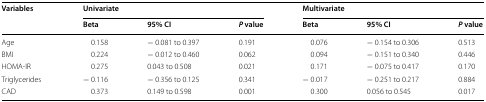
<table><thead><tr><td rowspan="2"><b>Variables</b></td><td colspan="3"><b>Univariate</b></td><td colspan="3"><b>Multivariate</b></td></tr><tr><td><b>Beta</b></td><td><b>95% CI</b></td><td><b><i>P</i> value</b></td><td><b>Beta</b></td><td><b>95% CI</b></td><td><b><i>P</i> value</b></td></tr></thead><tbody><tr><td>Age</td><td>0.158</td><td>− 0.081 to 0.397</td><td>0.191</td><td>0.076</td><td>− 0.154 to 0.306</td><td>0.513</td></tr><tr><td>BMI</td><td>0.224</td><td>− 0.012 to 0.460</td><td>0.062</td><td>0.094</td><td>− 0.151 to 0.340</td><td>0.446</td></tr><tr><td>HOMA-IR</td><td>0.275</td><td>0.043 to 0.508</td><td>0.021</td><td>0.171</td><td>− 0.075 to 0.417</td><td>0.170</td></tr><tr><td>Triglycerides</td><td>− 0.116</td><td>− 0.356 to 0.125</td><td>0.341</td><td>− 0.017</td><td>− 0.251 to 0.217</td><td>0.884</td></tr><tr><td>CAD</td><td>0.373</td><td>0.149 to 0.598</td><td>0.001</td><td>0.300</td><td>0.056 to 0.545</td><td>0.017</td></tr></tbody></table>